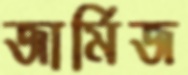
জার্মিজ